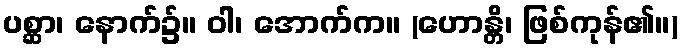
ပစ္ဆာ၊ နောက်၌။ ဝါ၊ အောက်က။ (ဟောန္တိ၊ ဖြစ်ကုန်၏။)